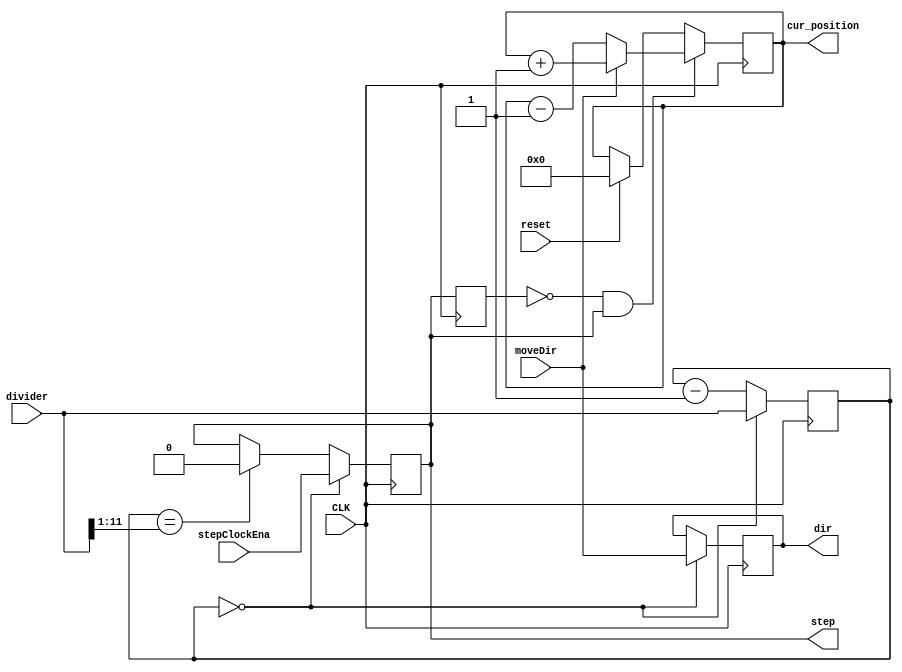
module motorCtrlSimple(
	input CLK,
	input reset,
	input [12:0] divider,
	input moveDir,
	//input moveDirInvers,
	input stepClockEna,	
	output reg dir,
	output reg step,
	output reg signed [19:0] cur_position = 0
);

reg [12:0] clockCounter = 0;
reg stepR=0; always @(posedge CLK) stepR <= step;
wire step_risingedge = ((stepR==1'b0)&&(step==1'b1));  
wire step_fallingedge = ((stepR==1'b1)&&(step==1'b0));  
//assign dir = moveDirInvers?~moveDir : moveDir;
//assign dir = moveDir;

always @(posedge CLK) begin
		
		if(clockCounter == 0) begin
			clockCounter <= divider;
			//step <= (1'b1);			
			step <= stepClockEna;			
			//deltaPosLoc <= deltaPosLoc - 1;
			//deltaPosCur <= deltaPosCur + 16'h1;
			dir <= moveDir;

	
		end
		else begin
			clockCounter <= clockCounter - 1;
			if(clockCounter == {1'b0, divider[11:1]}) 
				step <= 1'b0;							
		end		

	if(reset) begin
		cur_position <= 20'h0;	
	end	
	if(step_risingedge) begin
		if(moveDir==1'b1) begin
			cur_position <= cur_position + 20'h1;
			//cur_position <= cur_position + step;	
		end
		else if(moveDir==1'b0) begin
			cur_position <= cur_position - 20'h1;
			//cur_position <= cur_position - step;
		end	
	end
end
endmodule